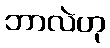
ဘာလဲဟု